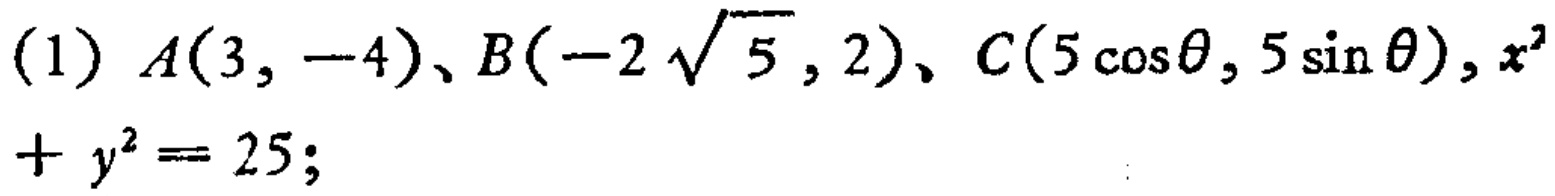
(1) \(A(3, -4)\)、\(B(-2\sqrt{5}, 2)\)、\(C(5\cos\theta, 5\sin\theta)\), \(x^{2}+y^{2}=25\);